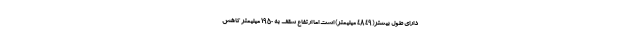
دارای طول بیشتر(4849 میلیمتر) است اما ارتفاع سقف به 1950 میلیمتر کاهش